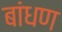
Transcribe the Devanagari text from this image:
बांधण